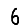
Digit: 6